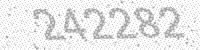
Solution: 242282